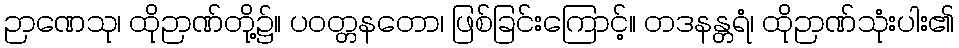
ဉာဏေသု၊ ထိုဉာဏ်တို့၌။ ပဝတ္တနတော၊ ဖြစ်ခြင်းကြောင့်။ တဒနန္တရံ၊ ထိုဉာဏ်သုံးပါး၏